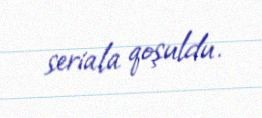
seriala qoşuldu.